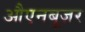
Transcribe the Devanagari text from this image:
औएनबूज़र